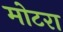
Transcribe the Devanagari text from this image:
मोटरा